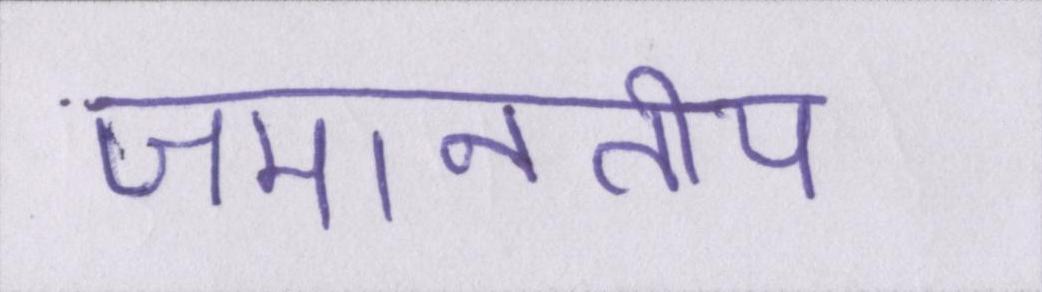
जमानतीय